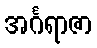
အင်္ဂရာဇာ